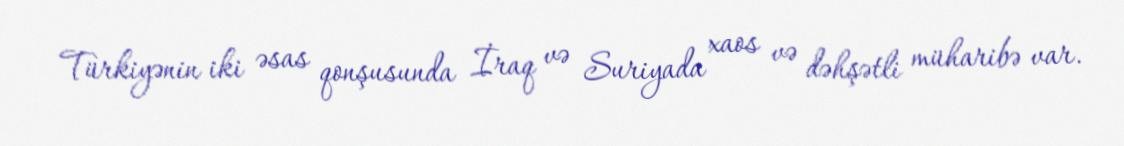
Türkiyənin iki əsas qonşusunda İraq və Suriyada xaos və dəhşətli müharibə var.